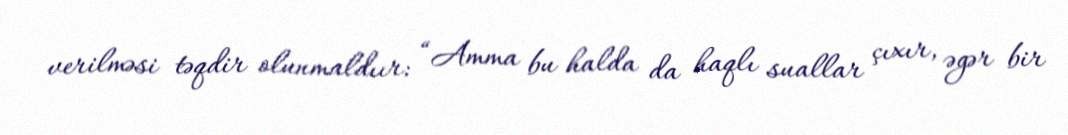
verilməsi təqdir olunmaldıır: “Amma bu halda da haqlı suallar çıxır, əgər bir